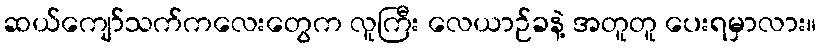
ဆယ်ကျော်သက်ကလေးတွေက လူကြီး လေယာဉ်ခနဲ့ အတူတူ ပေးရမှာလား။